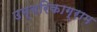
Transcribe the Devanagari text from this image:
उम्बरिकाग्राम